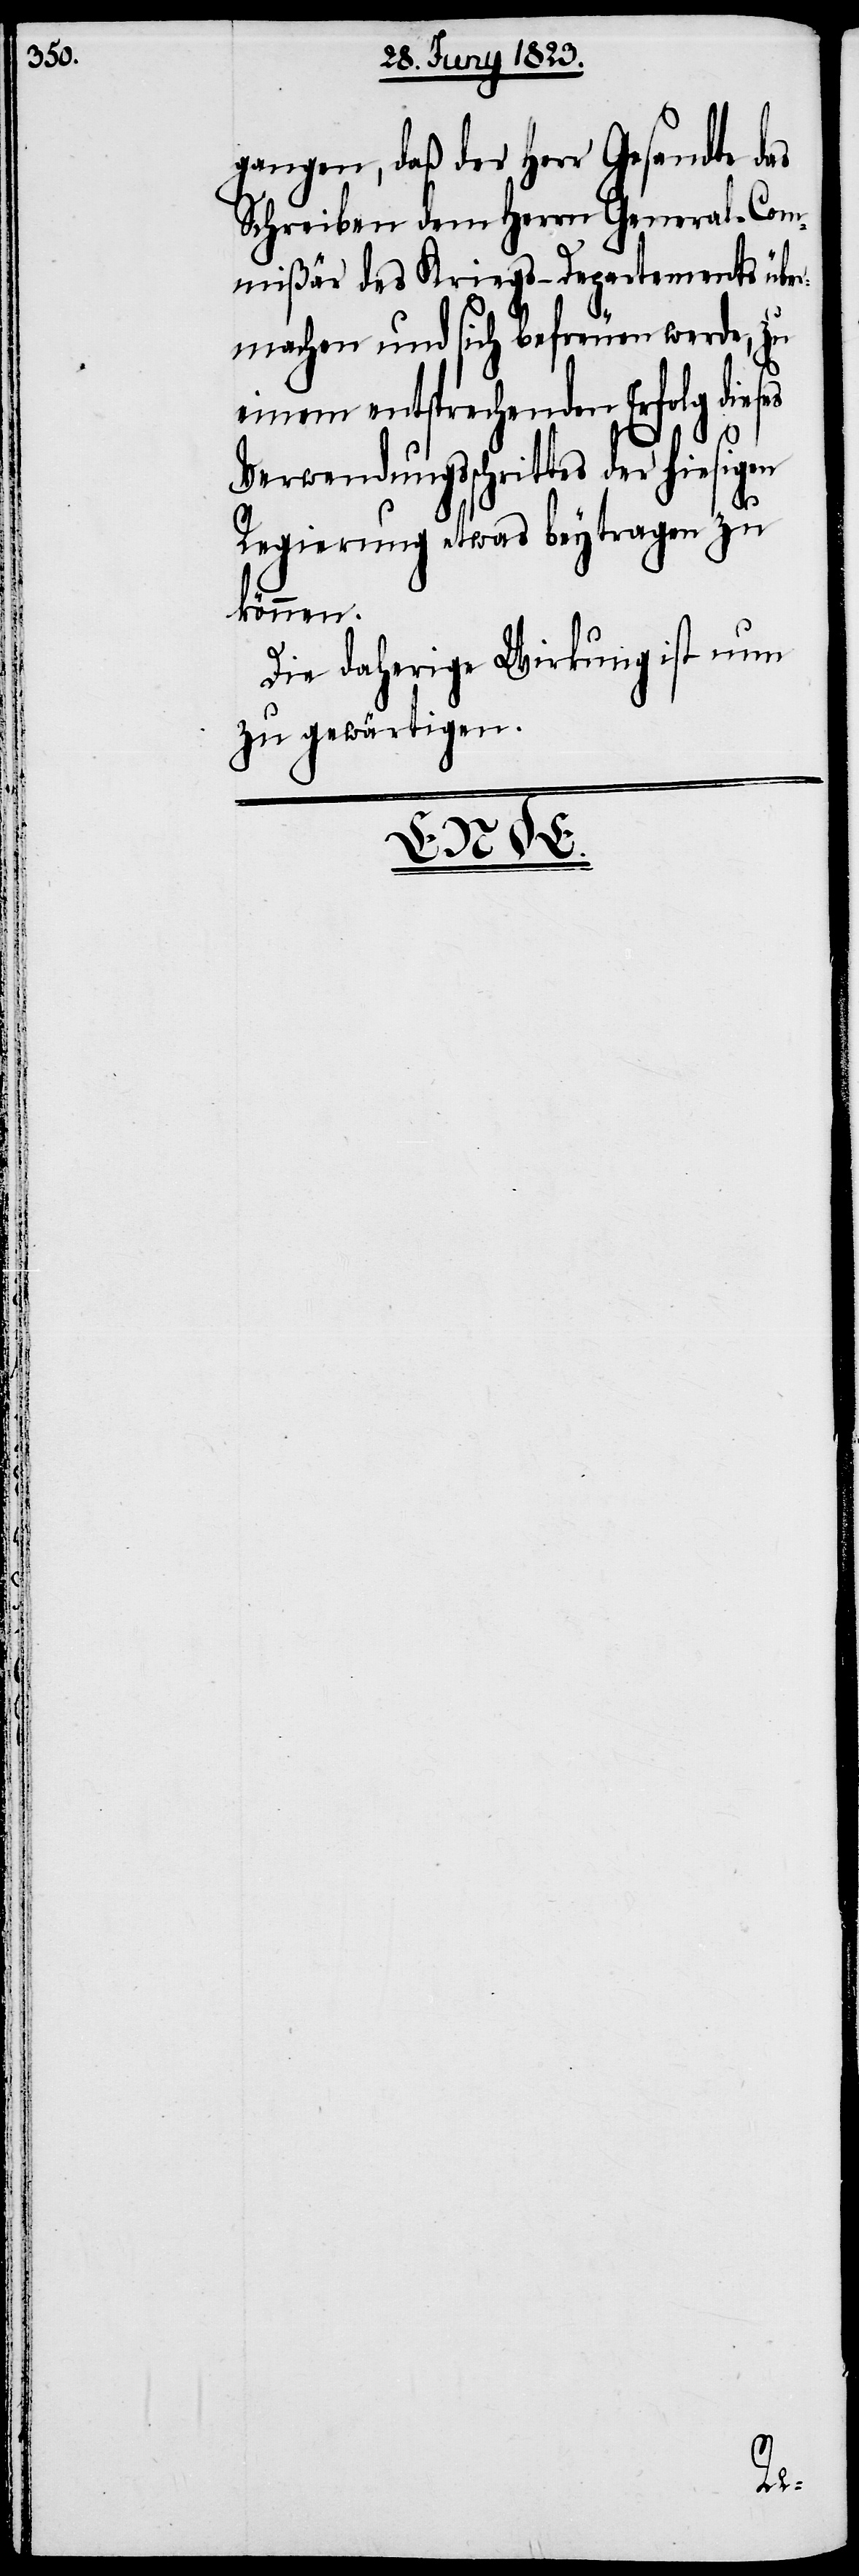
gangen, daß der Herr Gesandte das
Schreiben dem Herrn General-Com¬
mißär des Kriegs-Departements über¬
machen und sich befreuen werde, zu
einem entsprechenden Erfolg dies¬
Verwendungsschrittes der hiesigen
Regierung etwas beytragen zu
können.
Die daherige Wirkung ist nun
zu gewärtigen.

es